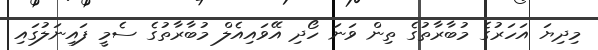
މިދިޔަ އަހަރުގެ މުބާރާތުގެ ތިން ވަނަ ހޯދި އޭވައިއެލް މުބާރާތުގެ ސެމީ ފައިނަލުގައި